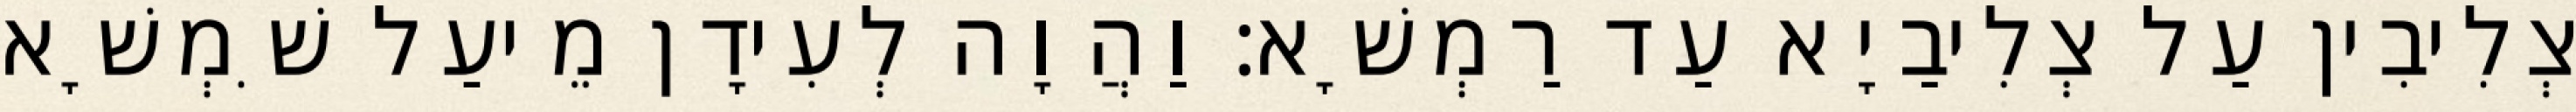
צְלִיבִין עַל צְלִיבַיָא עַד רַמְשָׁא׃ וַהֲוָה לְעִידָן מֵיעַל שִׁמְשָׁא